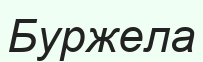
Буржела